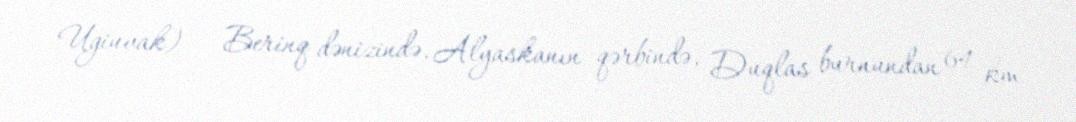
Ugiuvak) — Berinq dənizində, Alyaskanın qərbində, Duqlas burnundan 64 km